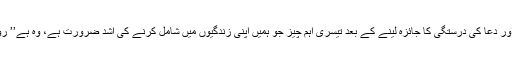
نماز اور دعا کی درستگی کا جائزہ لینے کے بعد تیسری اہم چیز جو ہمیں اپنی زندگیوں میں شامل کرنے کی اشد ضرورت ہے، وہ ہے’’ روزہ‘‘۔